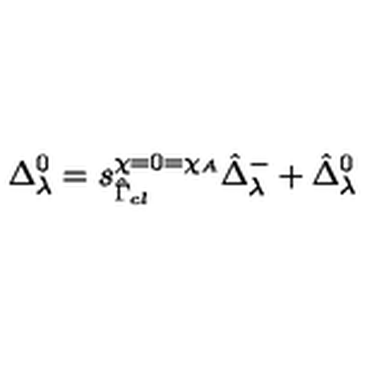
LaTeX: \Delta _ { \lambda } ^ { 0 } = s _ { \hat { \Gamma } _ { c l } } ^ { \chi = 0 = \chi _ { A } } \hat { \Delta } _ { \lambda } ^ { - } + \hat { \Delta } _ { \lambda } ^ { 0 }